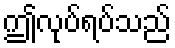
ဤလုပ်ရပ်သည်